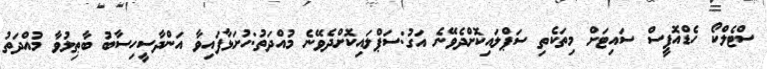
ސްޓެލްކޯ ހެޑްއޮފީސް ސައިޓަށް މިތަކެތި ސަޕްލައިކޮށްދެވޭނެ އަގު:ސަޕްލައިކޮށްދެވޭނެ މުއްދަތު:ހުށަޅާފައިވާ އަންދާސީހިސާބު ބާޠިލުވާ މުއްދަތު